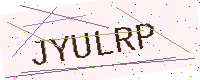
Text: JYULRP